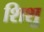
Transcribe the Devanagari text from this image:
शिशु